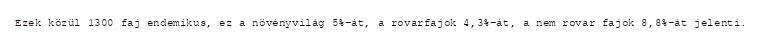
Ezek közül 1300 faj endemikus, ez a növényvilág 5%-át, a rovarfajok 4,3%-át, a nem rovar fajok 8,8%-át jelenti.